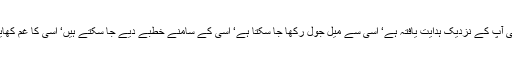
جو ماں کے پیٹ سے آپ کا ہم آواز بن کر آئے‘ کیا صرف وہی آپ کے نزدیک ہدایت یافتہ ہے‘ اسی سے میل جول رکھا جا سکتا ہے‘ اسی کے سامنے خطبے دیے جا سکتے ہیں‘ اسی کا غم کھایا جا سکتا ہے‘ اسی کے ساتھ پیار سے بات کی جا سکتی ہے؟